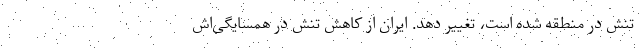
تنش در منطقه شده است، تغییر دهد. ایران از کاهش تنش در همسایگی‌اش